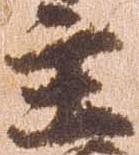
主